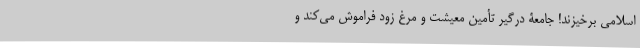
اسلامی برخیزند! جامعۀ درگیر تأمین معیشت و مرغ زود فراموش می‌کند و